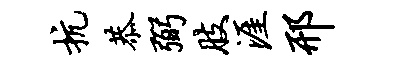
抗恭弼肢涯邢